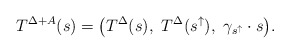
\begin{align*} T^{\Delta + A}(s) = \big( T^\Delta(s), \ T^\Delta(s^\uparrow), \ \gamma_{s^\uparrow} \cdot s \big). \end{align*}